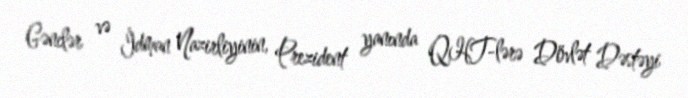
Gənclər və İdman Nazirliyinin, Prezident yanında QHT-lərə Dövlət Dəstəyi